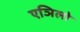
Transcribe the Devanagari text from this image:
एञिलो